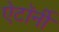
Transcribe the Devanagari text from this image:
ऐटॉर्नी